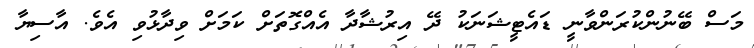
މަސް ބޭނުންކުރަންވާނީ ޑައެޓީޝަނަކު ދޭ އިރުޝާދާ އެއްގޮތަށް ކަމަށް ވިދާޅުވި އެވެ. އާސިޔާ